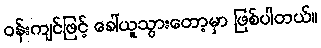
ဝန်းကျင်ဖြင့် ခေါ်ယူသွားတော့မှာ ဖြစ်ပါတယ်။